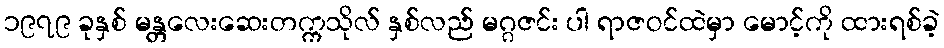
၁၉၇၉ ခုနှစ် မန္တလေးဆေးတက္ကသိုလ် နှစ်လည် မဂ္ဂဇင်း ပါ ရာဇဝင်ထဲမှာ မောင့်ကို ထားရစ်ခဲ့